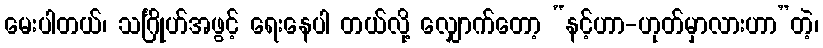
မေးပါတယ်၊ သင်္ဂြိုဟ်အဖွင့် ရေးနေပါ တယ်လို့ လျှောက်တော့ “နင့်ဟာ-ဟုတ်မှာလားဟာ”တဲ့၊